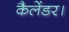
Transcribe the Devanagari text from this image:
कैलेंडर।